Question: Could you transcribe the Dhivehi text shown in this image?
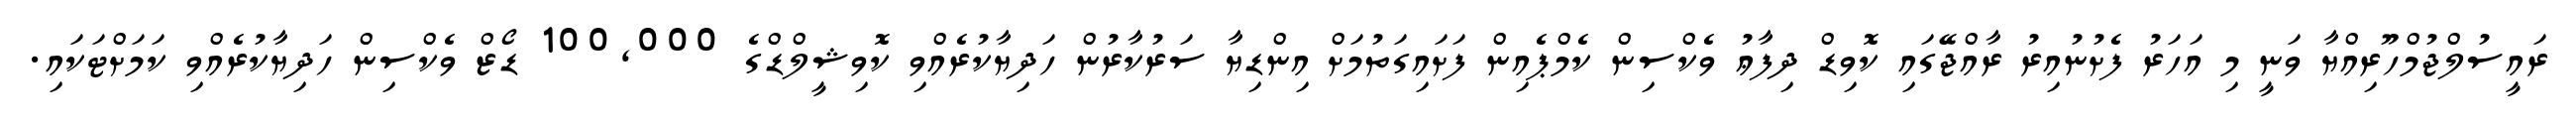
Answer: ރައީސުލްޖުމްހޫރިއްޔާ ވަނީ މި އަހަރު ފެށުނުއިރު ރާއްޖޭގައި ކޮވިޑް ދިފާޢު ވެކްސިން ކެމްޕެއިން ފަށައިގަތުމަށް އިންޑިޔާ ސަރުކާރުން ހަދިޔާކުރެއްވި ކޮވިޝީލްޑްގެ 100,000 ޑޯޒް ވެކްސިން ހަދިޔާކުރެއްވި ކަމަށްޓަކައި.